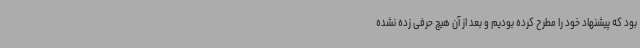
بود که پیشنهاد خود را مطرح کرده بودیم و بعد از آن هیچ حرفی زده نشده